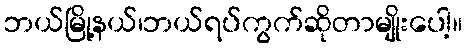
ဘယ်မြို့နယ်၊ဘယ်ရပ်ကွက်ဆိုတာမျိုးပေါ့။